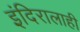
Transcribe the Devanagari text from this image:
इंदिरालाही